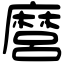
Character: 麿